Annual report on the Civil Veterinary Department, Burma (including the Insein Veterinary School) - 1910-1922
Year: 1910
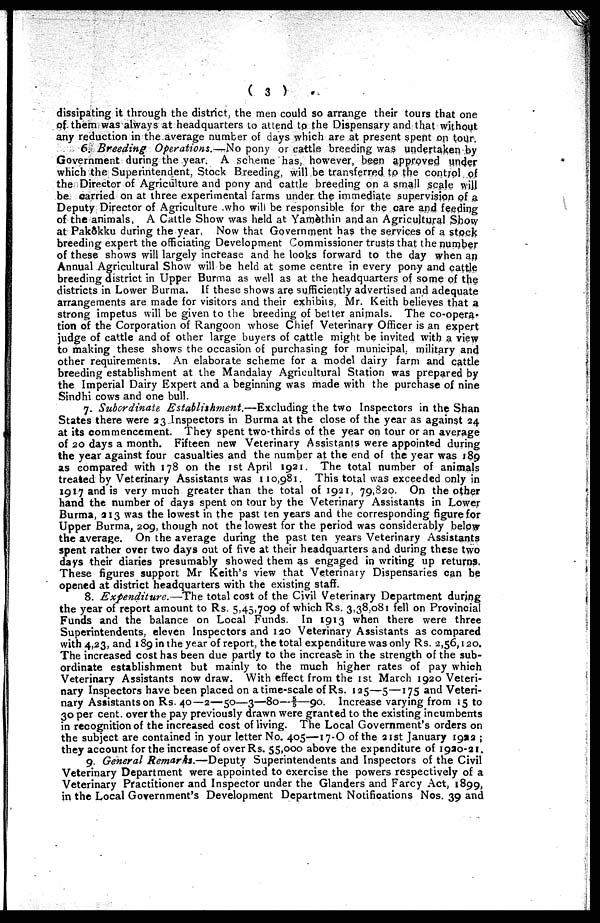
( 3 )
dissipating it through the district, the men could so arrange their tours that one
of them was always at headquarters to attend to the Dispensary and that without
any reduction in the average number of days which are at present spent on tour.
6. Breeding Operations.—No pony or cattle breeding was undertaken by
Government during the year. A scheme has, however, been approved under
which the Superintendent, Stock Breeding, will be transferred to the control of
the Director of Agriculture and pony and cattle breeding on a small scale will
be carried on at three experimental farms under the immediate supervision of a
Deputy Director of Agriculture who will be responsible for the care and feeding
of the animals, A Cattle Show was held at Yamèthin and an Agricultural Show
at Pakôkku during the year, Now that Government has the services of a stock
breeding expert the officiating Development Commissioner trusts that the number
of these shows will largely increase and he looks forward to the day when an
Annual Agricultural Show will be held at some centre in every pony and cattle
breeding district in Upper Burma as well as at the headquarters of some of the
districts in Lower Burma. If these shows are sufficiently advertised and adequate
arrangements are made for visitors and their exhibits, Mr. Keith believes that a
strong impetus will be given to the breeding of better animals. The co-opera-
tion of the Corporation of Rangoon whose Chief Veterinary Officer is an expert
judge of cattle and of other large buyers of cattle might be invited with a view
to making these shows the occasion of purchasing for municipal, military and
other requirements. An elaborate scheme for a model dairy farm and cattle
breeding establishment at the Mandalay Agricultural Station was prepared by
the Imperial Dairy Expert and a beginning was made with the purchase of nine
Sindhi cows and one bull.
7. Subordinate Establishment.—Excluding the two Inspectors in the Shan
States there were 23 Inspectors in Burma at the close of the year as against 24
at its commencement. They spent two-thirds of the year on tour or an average
of 20 days a month. Fifteen new Veterinary Assistants were appointed during
the year against four casualties and the number at the end of the year was 189
as compared with 178 on the 1st April 1921. The total number of animals
treated by Veterinary Assistants was 110,981. This total was exceeded only in
1917 and is very much greater than the total of 1921, 79,820. On the other
hand the number of days spent on tour by the Veterinary Assistants in Lower
Burma, 213 was the lowest in the past ten years and the corresponding figure for
Upper Burma, 209, though not the lowest for the period was considerably below
the average. On the average during the past ten years Veterinary Assistants
spent rather over two days out of five at their headquarters and during these two
days their diaries presumably showed them as engaged in writing up returns.
These figures support Mr Keith's view that Veterinary Dispensaries can be
opened at district headquarters with the existing staff.
8. Expenditure.—The total cost of the Civil Veterinary Department during
the year of report amount to Rs. 5,45,709 of which Rs. 3,38,081 fell on Provincial
Funds and the balance on Local Funds. In 1913 when there were three
Superintendents, eleven Inspectors and 120 Veterinary Assistants as compared
with 4,23, and 189 in the year of report, the total expenditure was only Rs. 2,56,120.
The increased cost has been due partly to the increase in the strength of the sub-
ordinate establishment but mainly to the much higher rates of pay which
Veterinary Assistants now draw. With effect from the 1st March 1920 Veteri-
nary Inspectors have been placed on a time-scale of Rs. 125—5—175 and Veteri-
nary Assistants on Rs. 40—2—50—3—80—f—90. Increase varying from 15 to
30 per cent. over the pay previously drawn were granted to the existing incumbents
in recognition of the increased cost of living. The Local Government's orders on
the subject are contained in your letter No. 405—17-O of the 21st January 1992 ;
they account for the increase of over Rs. 55,000 above the expenditure of 1920-21.
9. General Remarks.—Deputy Superintendents and Inspectors of the Civil
Veterinary Department were appointed to exercise the powers respectively of a
Veterinary Practitioner and Inspector under the Glanders and Farcy Act, 1899,
in the Local Government's Development Department Notifications Nos. 39 and